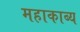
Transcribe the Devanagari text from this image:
महाकाब्‍य